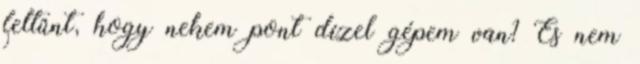
feltûnt, hogy nekem pont dízel gépem van? És nem